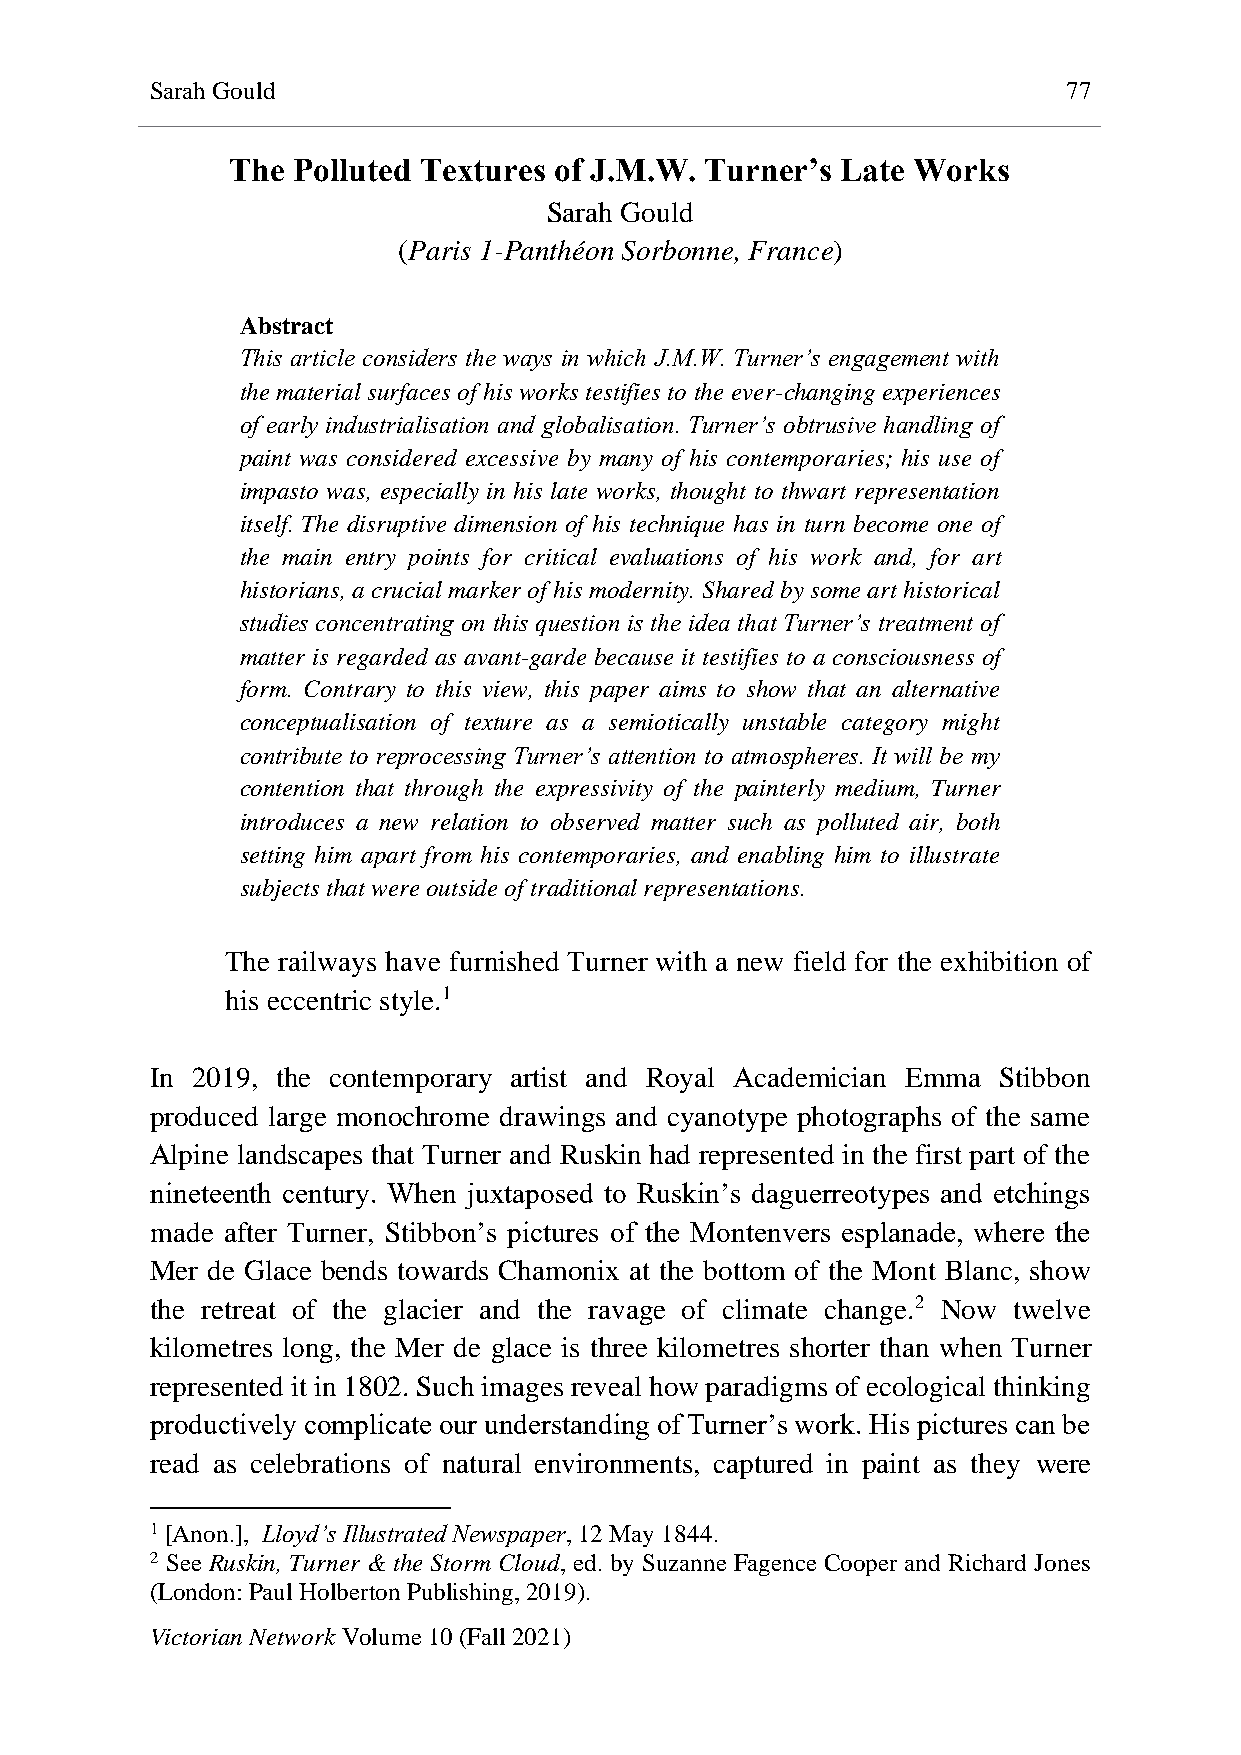
Sarah Gould                                                  77
 The Polluted Textures of J.M.W. Turner’s Late Works
 Sarah Gould
 (Paris 1-Panthéon Sorbonne, France)
 Abstract
 This article considers the ways in which J.M.W. Turner’s engagement with
 the material surfaces of his works testifies to the ever-changing experiences
 of early industrialisation and globalisation. Turner’s obtrusive handling of
 paint was considered excessive by many of his contemporaries; his use of
 impasto was, especially in his late works, thought to thwart representation
 itself. The disruptive dimension of his technique has in turn become one of
 the main entry points for critical evaluations of his work and, for art
 historians, a crucial marker of his modernity. Shared by some art historical
 studies concentrating on this question is the idea that Turner’s treatment of
 matter is regarded as avant-garde because it testifies to a consciousness of
 form. Contrary to this view, this paper aims to show that an alternative
 conceptualisation of texture as a semiotically unstable category might
 contribute to reprocessing Turner’s attention to atmospheres. It will be my
 contention that through the expressivity of the painterly medium, Turner
 introduces a new relation to observed matter such as polluted air, both
 setting him apart from his contemporaries, and enabling him to illustrate
 subjects that were outside of traditional representations.
 The railways have furnished Turner with a new field for the exhibition of
 his eccentric style.1
 In 2019, the contemporary artist and Royal Academician Emma Stibbon
 produced large monochrome drawings and cyanotype photographs of the same
 Alpine landscapes that Turner and Ruskin had represented in the first part of the
 nineteenth century. When juxtaposed to Ruskin’s daguerreotypes and etchings
 made after Turner, Stibbon’s pictures of the Montenvers esplanade, where the
 Mer de Glace bends towards Chamonix at the bottom of the Mont Blanc, show
 the retreat of the glacier and the ravage of climate change.2 Now twelve
 kilometres long, the Mer de glace is three kilometres shorter than when Turner
 represented it in 1802. Such images reveal how paradigms of ecological thinking
 productively complicate our understanding of Turner’s work. His pictures can be
 read as celebrations of natural environments, captured in paint as they were
 1 [Anon.], Lloyd’s Illustrated Newspaper, 12 May 1844.
 2 See Ruskin, Turner & the Storm Cloud, ed. by Suzanne Fagence Cooper and Richard Jones
 (London: Paul Holberton Publishing, 2019).
 Victorian Network Volume 10 (Fall 2021)